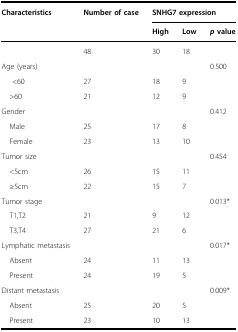
<table><thead><tr><td rowspan="2"><b>Characteristics</b></td><td rowspan="2"><b>Number of case</b></td><td colspan="3"><b>SNHG7 expression</b></td></tr><tr><td><b>High</b></td><td><b>Low</b></td><td><b><i>p</i> value</b></td></tr></thead><tbody><tr><td>[EMPTY_CELL]</td><td>48</td><td>30</td><td>18</td><td>[EMPTY_CELL]</td></tr><tr><td>Age (years)</td><td>[EMPTY_CELL]</td><td>[EMPTY_CELL]</td><td>[EMPTY_CELL]</td><td>0.500</td></tr><tr><td>&lt;60</td><td>27</td><td>18</td><td>9</td><td>[EMPTY_CELL]</td></tr><tr><td> &gt;60</td><td>21</td><td>12</td><td>9</td><td>[EMPTY_CELL]</td></tr><tr><td>Gender</td><td>[EMPTY_CELL]</td><td>[EMPTY_CELL]</td><td>[EMPTY_CELL]</td><td>0.412</td></tr><tr><td> Male</td><td>25</td><td>17</td><td>8</td><td>[EMPTY_CELL]</td></tr><tr><td> Female</td><td>23</td><td>13</td><td>10</td><td>[EMPTY_CELL]</td></tr><tr><td>Tumor size</td><td>[EMPTY_CELL]</td><td>[EMPTY_CELL]</td><td>[EMPTY_CELL]</td><td>0.454</td></tr><tr><td> &lt;5cm</td><td>26</td><td>15</td><td>11</td><td>[EMPTY_CELL]</td></tr><tr><td> ≥5cm</td><td>22</td><td>15</td><td>7</td><td>[EMPTY_CELL]</td></tr><tr><td>Tumor stage</td><td>[EMPTY_CELL]</td><td>[EMPTY_CELL]</td><td>[EMPTY_CELL]</td><td>0.013*</td></tr><tr><td> T1,T2</td><td>21</td><td>9</td><td>12</td><td>[EMPTY_CELL]</td></tr><tr><td> T3,T4</td><td>27</td><td>21</td><td>6</td><td>[EMPTY_CELL]</td></tr><tr><td>Lymphatic metastasis</td><td>[EMPTY_CELL]</td><td>[EMPTY_CELL]</td><td>[EMPTY_CELL]</td><td>0.017*</td></tr><tr><td> Absent</td><td>24</td><td>11</td><td>13</td><td>[EMPTY_CELL]</td></tr><tr><td> Present</td><td>24</td><td>19</td><td>5</td><td>[EMPTY_CELL]</td></tr><tr><td>Distant metastasis</td><td>[EMPTY_CELL]</td><td>[EMPTY_CELL]</td><td>[EMPTY_CELL]</td><td>0.009*</td></tr><tr><td> Absent</td><td>25</td><td>20</td><td>5</td><td>[EMPTY_CELL]</td></tr><tr><td> Present</td><td>23</td><td>10</td><td>13</td><td>[EMPTY_CELL]</td></tr></tbody></table>